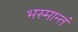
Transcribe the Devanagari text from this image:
भस्मान्तं